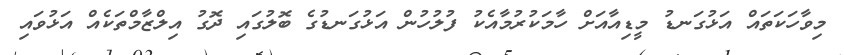
މިވާހަކަތައް އަޅުގަނޑު މީޑިއާއަށް ހާމަކުރުމާއެކު ފުލުހުން އަޅުގަނޑުގެ ބޮލުގައި ދޮގު އިލްޒާމްތަކެއް އަޅުވައި